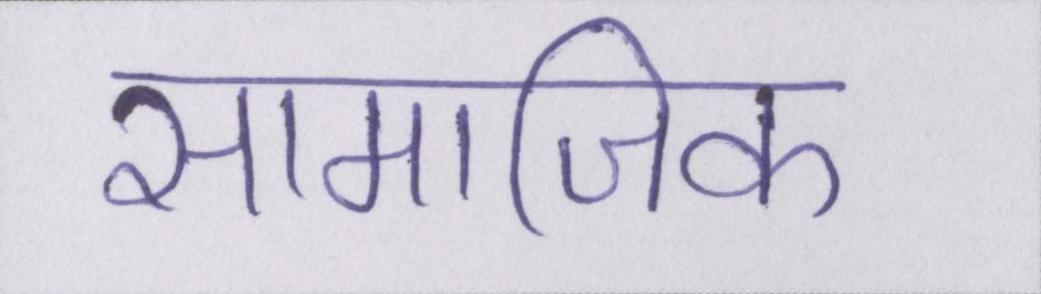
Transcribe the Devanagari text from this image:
सामाजिक